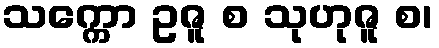
သက္ကော ဥဇူ စ သုဟုဇူ စ၊